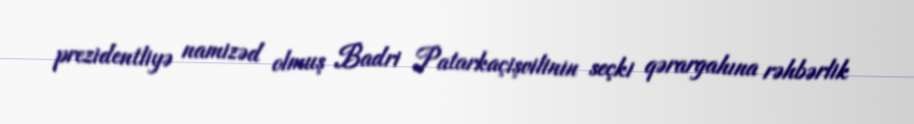
prezidentliyə namizəd olmuş Badri Patarkaçişvilinin seçki qərargahına rəhbərlik